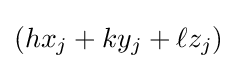
(hx_{j}+ky_{j}+\ell z_{j})